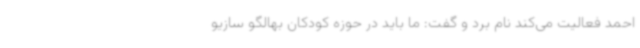
احمد فعالیت می‌کند نام برد و گفت: ما باید در حوزه کودکان بهالگو سازیو